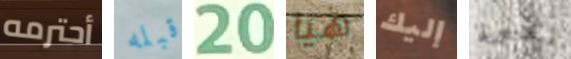
أحترمه قبله 20 هيا إليك رقعة